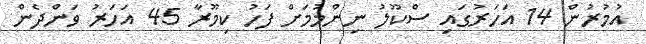
އުމުރުން 14 އަހަރުގައި ސްކޫލު ނިންމުމަށް ފަހު ކިމޫރާ 45 އަހަރު ވަންދެން